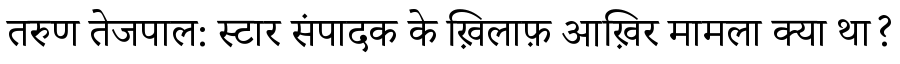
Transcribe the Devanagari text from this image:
तरुण तेजपाल: स्टार संपादक के ख़िलाफ़ आख़िर मामला क्या था?